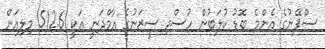
ސްޕޭނުގެ އެންމެ ބޮޑު ކުލަބުން ހުސްވި ސީޒަނުގެ އާމްދަނީ އަކީ 512.6 މިލިއަން